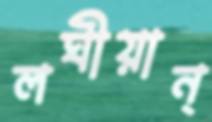
লঘীয়ান্‌